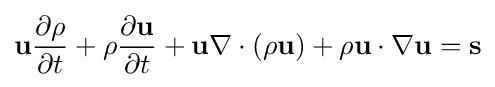
\mathbf {u} {\frac {\partial \rho }{\partial t}}+\rho {\frac {\partial \mathbf {u} }{\partial t}}+\mathbf {u} \nabla \cdot (\rho \mathbf {u} )+\rho \mathbf {u} \cdot \nabla \mathbf {u} =\mathbf {s}